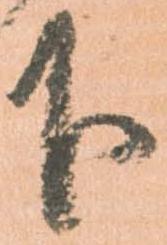
下